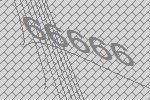
66666